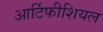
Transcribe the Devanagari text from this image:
आर्टिफीशियल